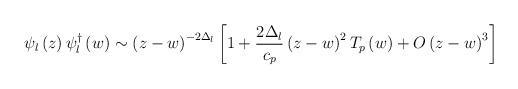
LaTeX: \begin{align*}\psi _l\left( z\right) \psi _l^{\dagger }\left( w\right) \sim\left( z-w\right) ^{-2\Delta _l}\left[ 1+\frac{2\Delta _l}{c_p}\left(z-w\right) ^2T_p\left( w\right) +O\left( z-w\right) ^3\right]\end{align*}